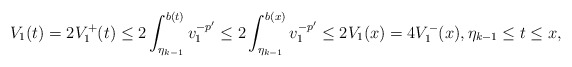
\begin{align*} V_1(t)=2V_1^+(t)\le 2\int_{\eta_{k-1}}^{b(t)}v_1^{-p'}\le 2\int_{\eta_{k-1}}^{b(x)}v_1^{-p'} \le 2V_1(x)=4V_1^-(x), \eta_{k-1}\le t\le x,\end{align*}